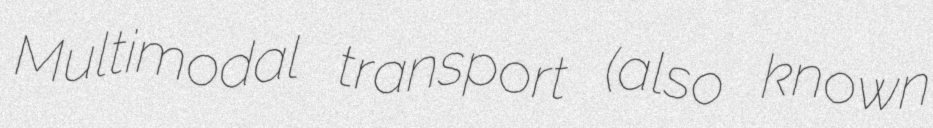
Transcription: Multimodal transport (also known